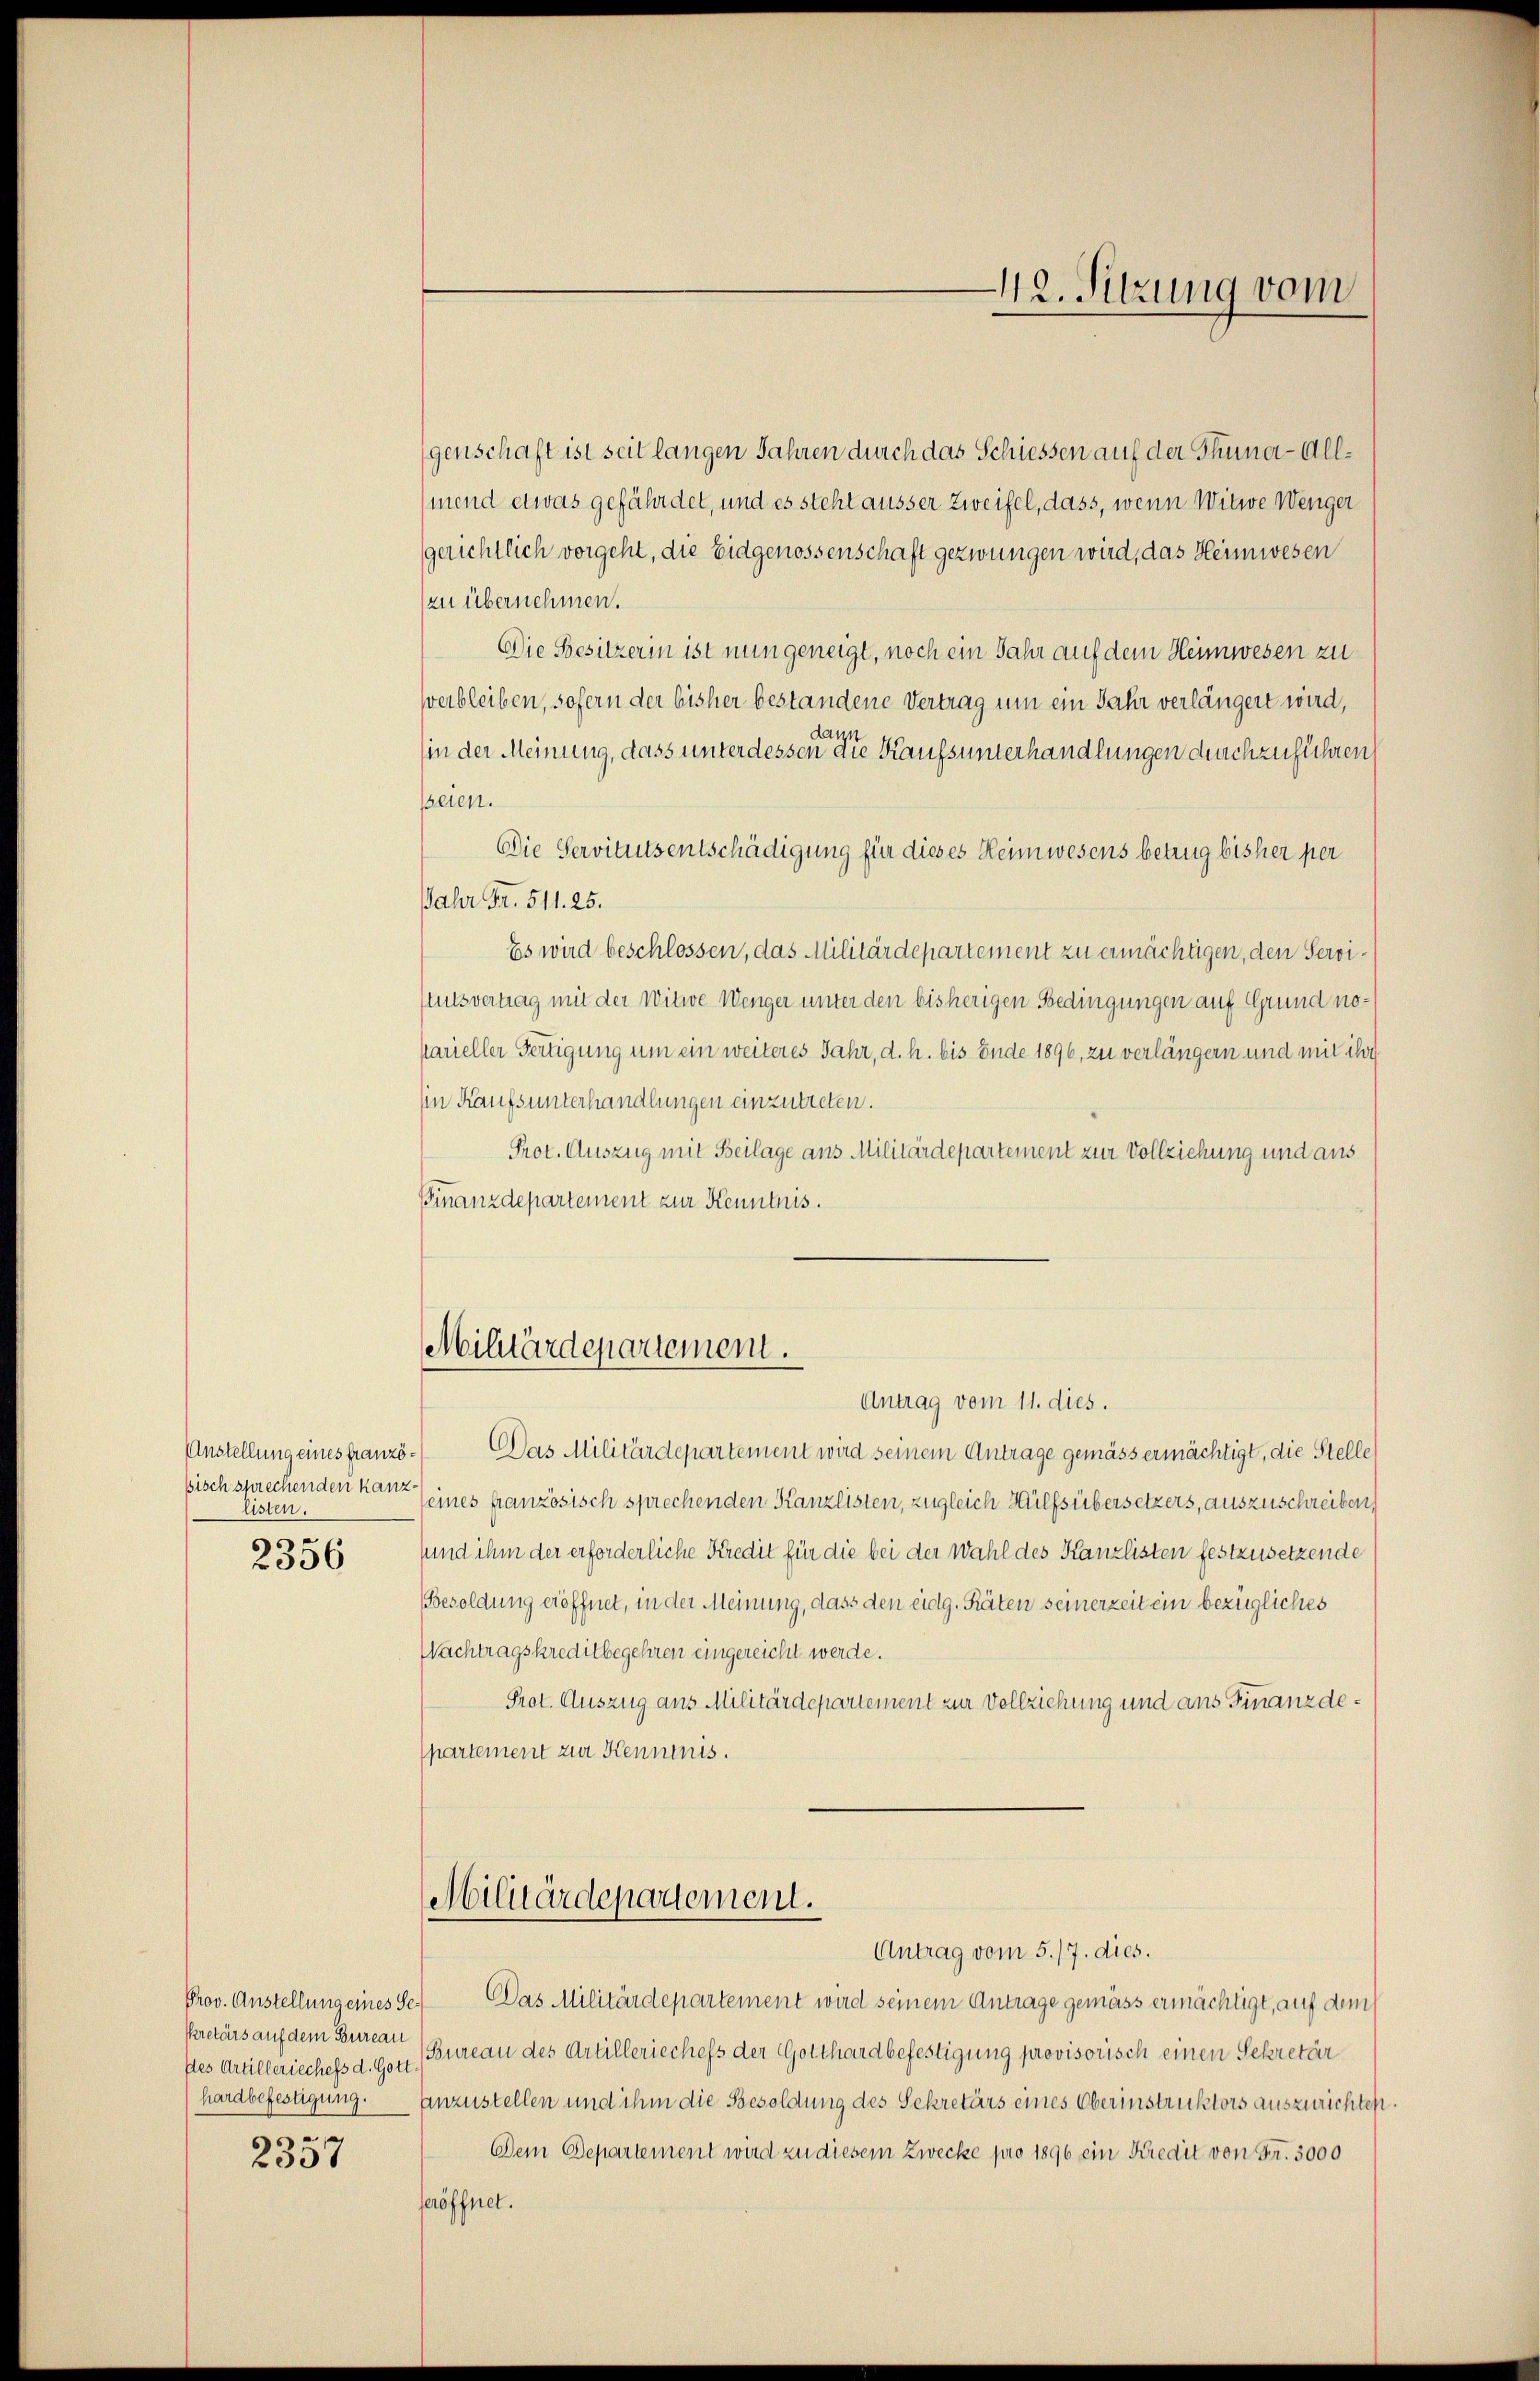
Anstellung eines französisch sprechenden kanzlisten.
2
2556

des Artilleriechefs d. Gott-

2357

genschaft ist seit langen Jahren durch das Schiessen auf der Thuner-Allmend etwas gefährdet, und es steht äusser Zweifel, dass, wenn Witwe Wenger
gerichtlich vorgeht, die Eidgenossenschaft gezwungen wird, das Heimwesen
zu übernehmen.
Die Besitzerin ist nun geneigt, noch ein Jahr auf dem Heimwesen zu
verbleiben, sofern der bisher bestandene Vertrag um ein Jahr verlängert wird,
dann
(in der Meinung, dass unter dessen die Kaufsunterhandlungen durchzuführen,
seien.
Die Servitutsentschädigung für dieses Heimwesens betrug bisher per
Jahr Fr. 511. 25.
Es wird beschlossen, das Militärdepartement zu ermächtigen, den Servistutsvertrag mit der Witwe Wenger unter den bisherigen Bedingungen auf Grund noparieller Fertigung um ein weiteres Jahr, d. h. bis Ende 1896, zu verlängern und mit ihr
Ein Kaufsunterhandlungen einzutreten.
Prot. Auszug mit Beilage aus Militärdepartement zur Vollziehung und aus
Finanzdepartement zur Kenntnis.

Militärdepartement.
Antrag vom 11. dies.

Das Militärdepartement wird seinem Antrage gemäss ermächtigt, die Stelle
seines französisch sprechenden Kanzlisten, zugleich Hülfsübersetzers, auszuschreiben,
sund ihm der erforderliche Kredit für die bei der Wahl des Kanzlisten festzusetzende
(Besoldung eröffnet, in der Meinung, dass den eidg. Räten seinerzeit ein bezügliches
Wachtragskreditbegehren eingereicht werde.
Prot. Auszug aus Militärdepartement zur Vollziehung und aus Finanzdepartement zur Kenntnis.

Militärdepartement.
Antrag vom 5./7. dies.

42. Sitzung vom

Prov. Anstellung eines Se. Das Militärdepartement wird seinem Antrage gemäss ermächtigt, auf dem
Pretärs auf dem Burea (Bureau des Artilleriechefs der Gotthardbefestigung provisorisch einen Sekretär
hardbefestigung. Einzustellen und ihm die Besoldung des Sekretärs eines Oberinstruktors auszurichten.
Dem Departement wird zu diesem Zwecke pro 1896 ein Kredit von S. 3000
seröffnet.